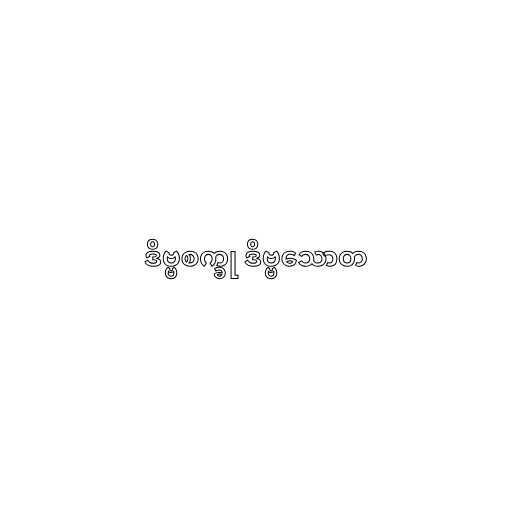
ဒိဗ္ဗစက္ခု ဒိဗ္ဗသောတ